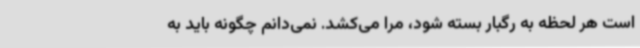
است هر لحظه به رگبار بسته شود، مرا می‌کشد. نمی‌دانم چگونه باید به